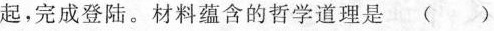
起，完成登陆。材料蕴含的哲学道理是(